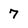
Character: 7